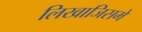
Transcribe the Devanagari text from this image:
लिखाजिसमें